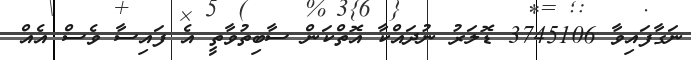
ނަގާފައިވާ 3745106 ޑޮލަރު ނުދައްކާ އޮތްކަން ސާބިތުވާތީ އެ ފައިސާ ވެސް އެއް